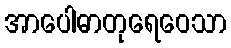
အာပေါဓာတုရေဝေသာ